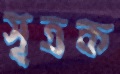
সূত্রক